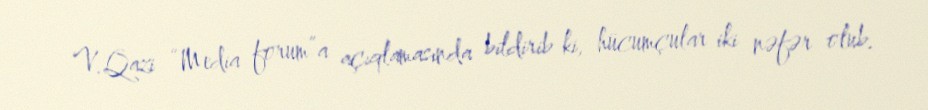
V.Qazi “Media forum”a açıqlamasında bildirib ki, hücumçular iki nəfər olub.